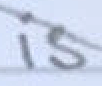
Text: is
Cross-out: diagonal
Writing tool: pencil